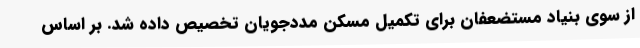
از سوی بنیاد مستضعفان برای تکمیل مسکن مددجویان تخصیص داده شد. بر اساس